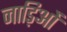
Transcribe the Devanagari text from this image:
नाड़िओं